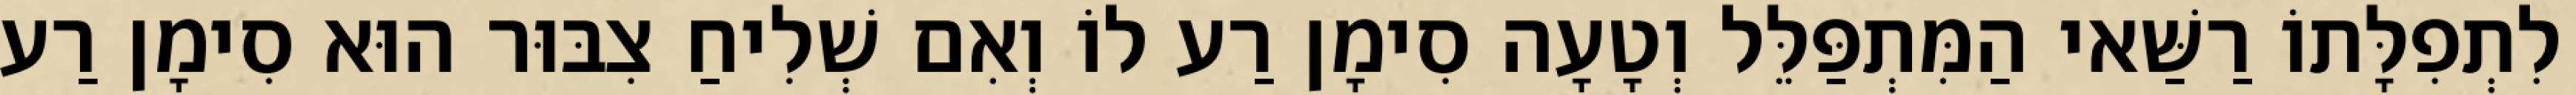
לִתְפִלָּתוֹ רַשַּׁאי הַמִּתְפַּלֵּל וְטָעָה סִימָן רַע לוֹ וְאִם שְׁלִיחַ צִבּוּר הוּא סִימָן רַע